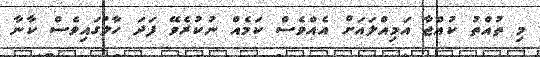
މި ތުއްތު ކުއްޖާ އަމިއްލައަށް އެއްވެސް ކަމެއް ނުކުރެވޭ ފަދަ ހާލުގައިވެސް ކާނާ